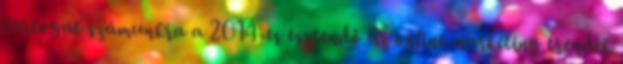
tartogat számunkra a 2014-es esztendő az online marketing trendek